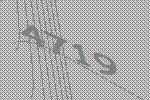
4719